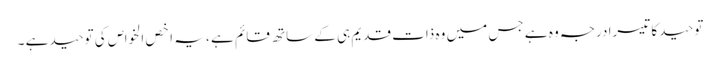
توحید کا تیسرا درجہ وہ ہے جس میں وہ ذات قدیم ہی کے ساتھ قائم ہے ، یہ اخص الخواص کی توحید ہے ۔